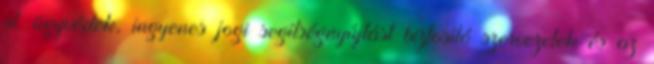
pl. ügyvédek, ingyenes jogi segítségnyújtást biztosító szervezetek és az